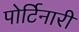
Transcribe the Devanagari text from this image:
पोर्टिनारी